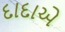
દાદાએ